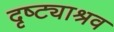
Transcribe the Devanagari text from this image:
दृष्ट्याश्रव